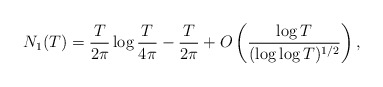
\begin{align*} N_1(T) = \frac{T}{2\pi}\log{\frac{T}{4\pi}}-\frac{T}{2\pi}+O\left(\frac{\log{T}}{(\log{\log{T}})^{1/2}}\right),\end{align*}